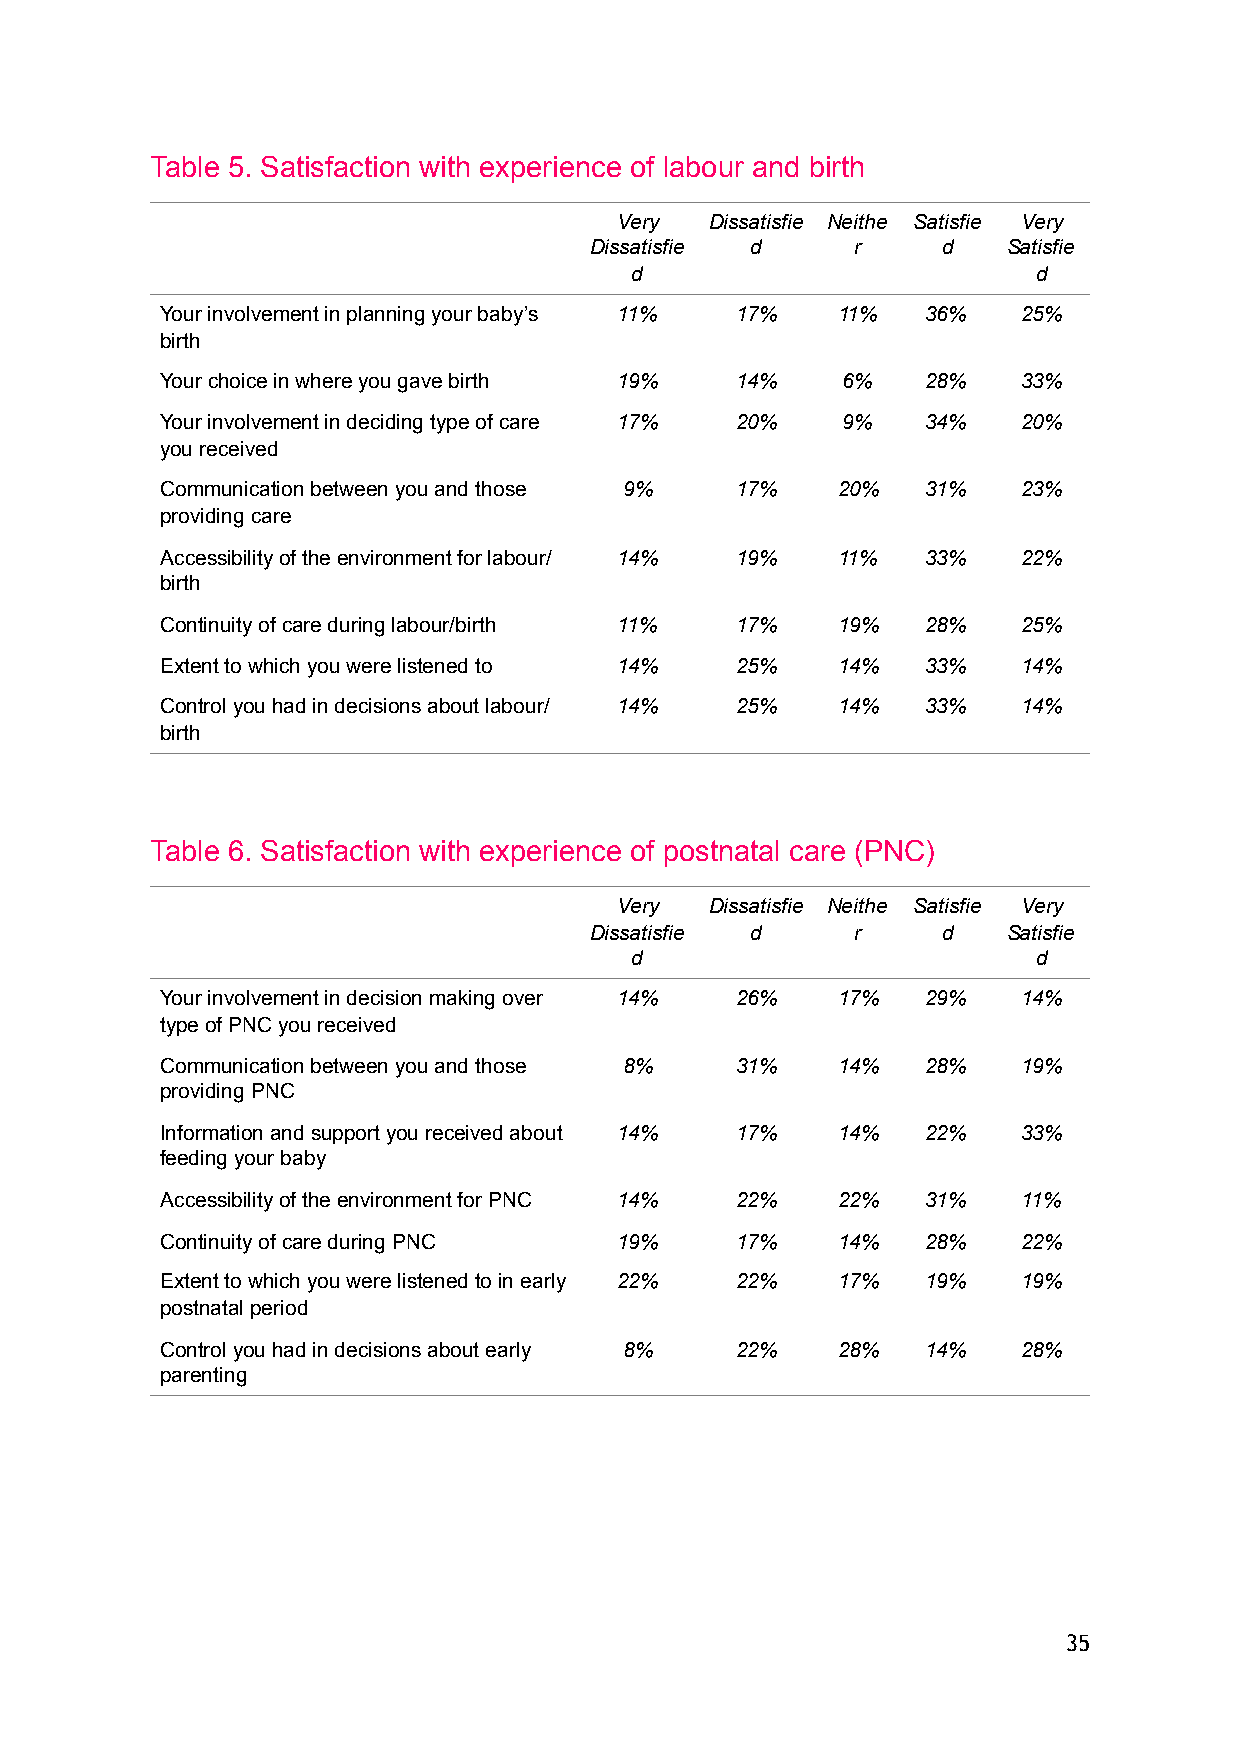
Table 5. Satisfaction with experience of labour and birth
 Very  Dissatisfie Neithe Satisfie Very
 Dissatisfie d     r    d    Satisfie
 d                          d
 Your involvement in planning your baby’s 11% 17% 11% 36% 25%
 birth
 Your choice in where you gave birth 19% 14%  6%   28%    33%
 Your involvement in deciding type of care 17% 20% 9% 34% 20%
 you received
 Communication between you and those 9% 17%  20%   31%    23%
 providing care
 Accessibility of the environment for labour/ 14% 19% 11% 33% 22%
 birth
 Continuity of care during labour/birth 11% 17% 19% 28%   25%
 Extent to which you were listened to 14% 25% 14%  33%    14%
 Control you had in decisions about labour/ 14% 25% 14% 33% 14%
 birth
 Table 6. Satisfaction with experience of postnatal care (PNC)
 Very  Dissatisfie Neithe Satisfie Very
 Dissatisfie d     r    d    Satisfie
 d                          d
 Your involvement in decision making over 14% 26% 17% 29% 14%
 type of PNC you received
 Communication between you and those 8% 31%  14%   28%    19%
 providing PNC
 Information and support you received about 14% 17% 14% 22% 33%
 feeding your baby
 Accessibility of the environment for PNC 14% 22% 22% 31% 11%
 Continuity of care during PNC 19%     17%   14%   28%    22%
 Extent to which you were listened to in early 22% 22% 17% 19% 19%
 postnatal period
 Control you had in decisions about early 8% 22% 28% 14%  28%
 parenting
 35